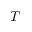
T